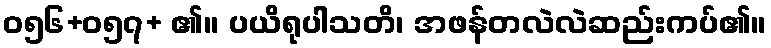
ဝ၅၆+၀၅၇+ ၏။ ပယိရုပါသတိ၊ အဖန်တလဲလဲဆည်းကပ်၏။